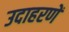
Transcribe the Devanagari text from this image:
उदाहरणें